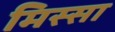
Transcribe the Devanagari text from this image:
मिस्सा